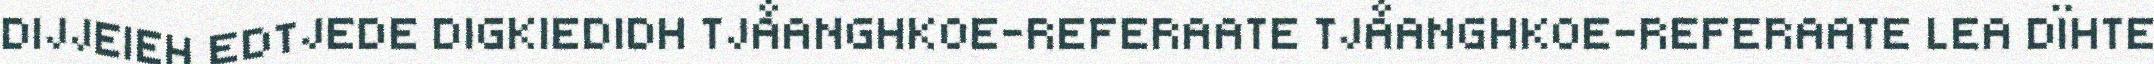
DIJJEIEH EDTJEDE DIGKIEDIDH TJÅANGHKOE-REFERAATE TJÅANGHKOE-REFERAATE LEA DÏHTE